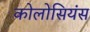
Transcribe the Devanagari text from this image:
कोलोसियंस